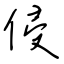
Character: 侵